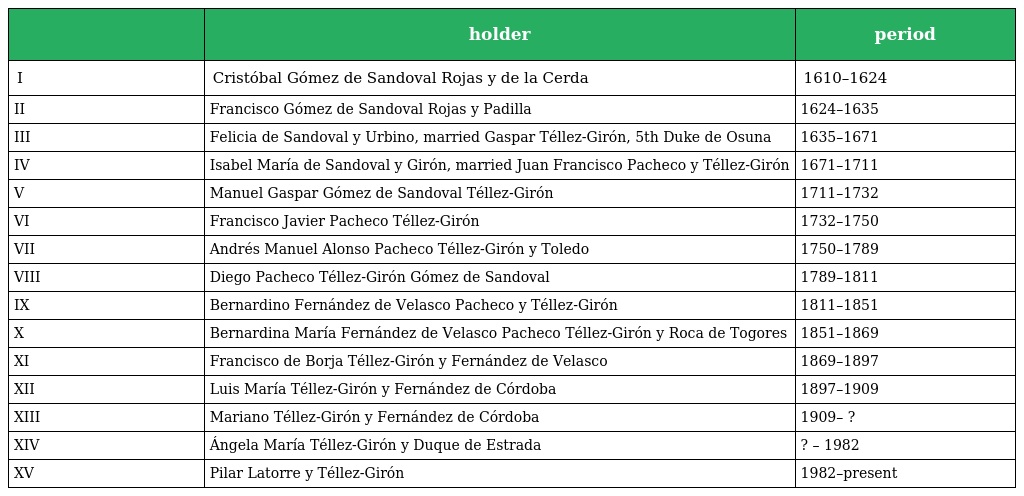
|  | holder | period |
 | --- | --- | --- |
 | I | Cristóbal Gómez de Sandoval Rojas y de la Cerda | 1610–1624 |
 | II | Francisco Gómez de Sandoval Rojas y Padilla | 1624–1635 |
 | III | Felicia de Sandoval y Urbino, married Gaspar Téllez-Girón, 5th Duke de Osuna | 1635–1671 |
 | IV | Isabel María de Sandoval y Girón, married Juan Francisco Pacheco y Téllez-Girón | 1671–1711 |
 | V | Manuel Gaspar Gómez de Sandoval Téllez-Girón | 1711–1732 |
 | VI | Francisco Javier Pacheco Téllez-Girón | 1732–1750 |
 | VII | Andrés Manuel Alonso Pacheco Téllez-Girón y Toledo | 1750–1789 |
 | VIII | Diego Pacheco Téllez-Girón Gómez de Sandoval | 1789–1811 |
 | IX | Bernardino Fernández de Velasco Pacheco y Téllez-Girón | 1811–1851 |
 | X | Bernardina María Fernández de Velasco Pacheco Téllez-Girón y Roca de Togores | 1851–1869 |
 | XI | Francisco de Borja Téllez-Girón y Fernández de Velasco | 1869–1897 |
 | XII | Luis María Téllez-Girón y Fernández de Córdoba | 1897–1909 |
 | XIII | Mariano Téllez-Girón y Fernández de Córdoba | 1909– ? |
 | XIV | Ángela María Téllez-Girón y Duque de Estrada | ? – 1982 |
 | XV | Pilar Latorre y Téllez-Girón | 1982–present |